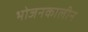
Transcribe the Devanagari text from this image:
भोजनकालीन